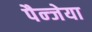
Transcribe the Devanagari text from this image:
पैन्जेया